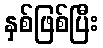
နှစ်ဖြစ်ပြီး